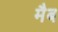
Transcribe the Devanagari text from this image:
मैब